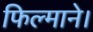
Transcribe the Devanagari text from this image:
फिल्माने।